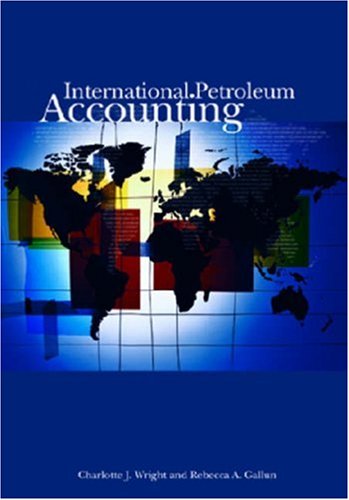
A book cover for International Petroleum Accounting; Charlotte J. Wright; Business & Money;